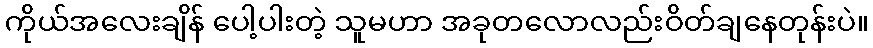
ကိုယ်အလေးချိန် ပေါ့ပါးတဲ့ သူမဟာ အခုတလောလည်းဝိတ်ချနေတုန်းပဲ။